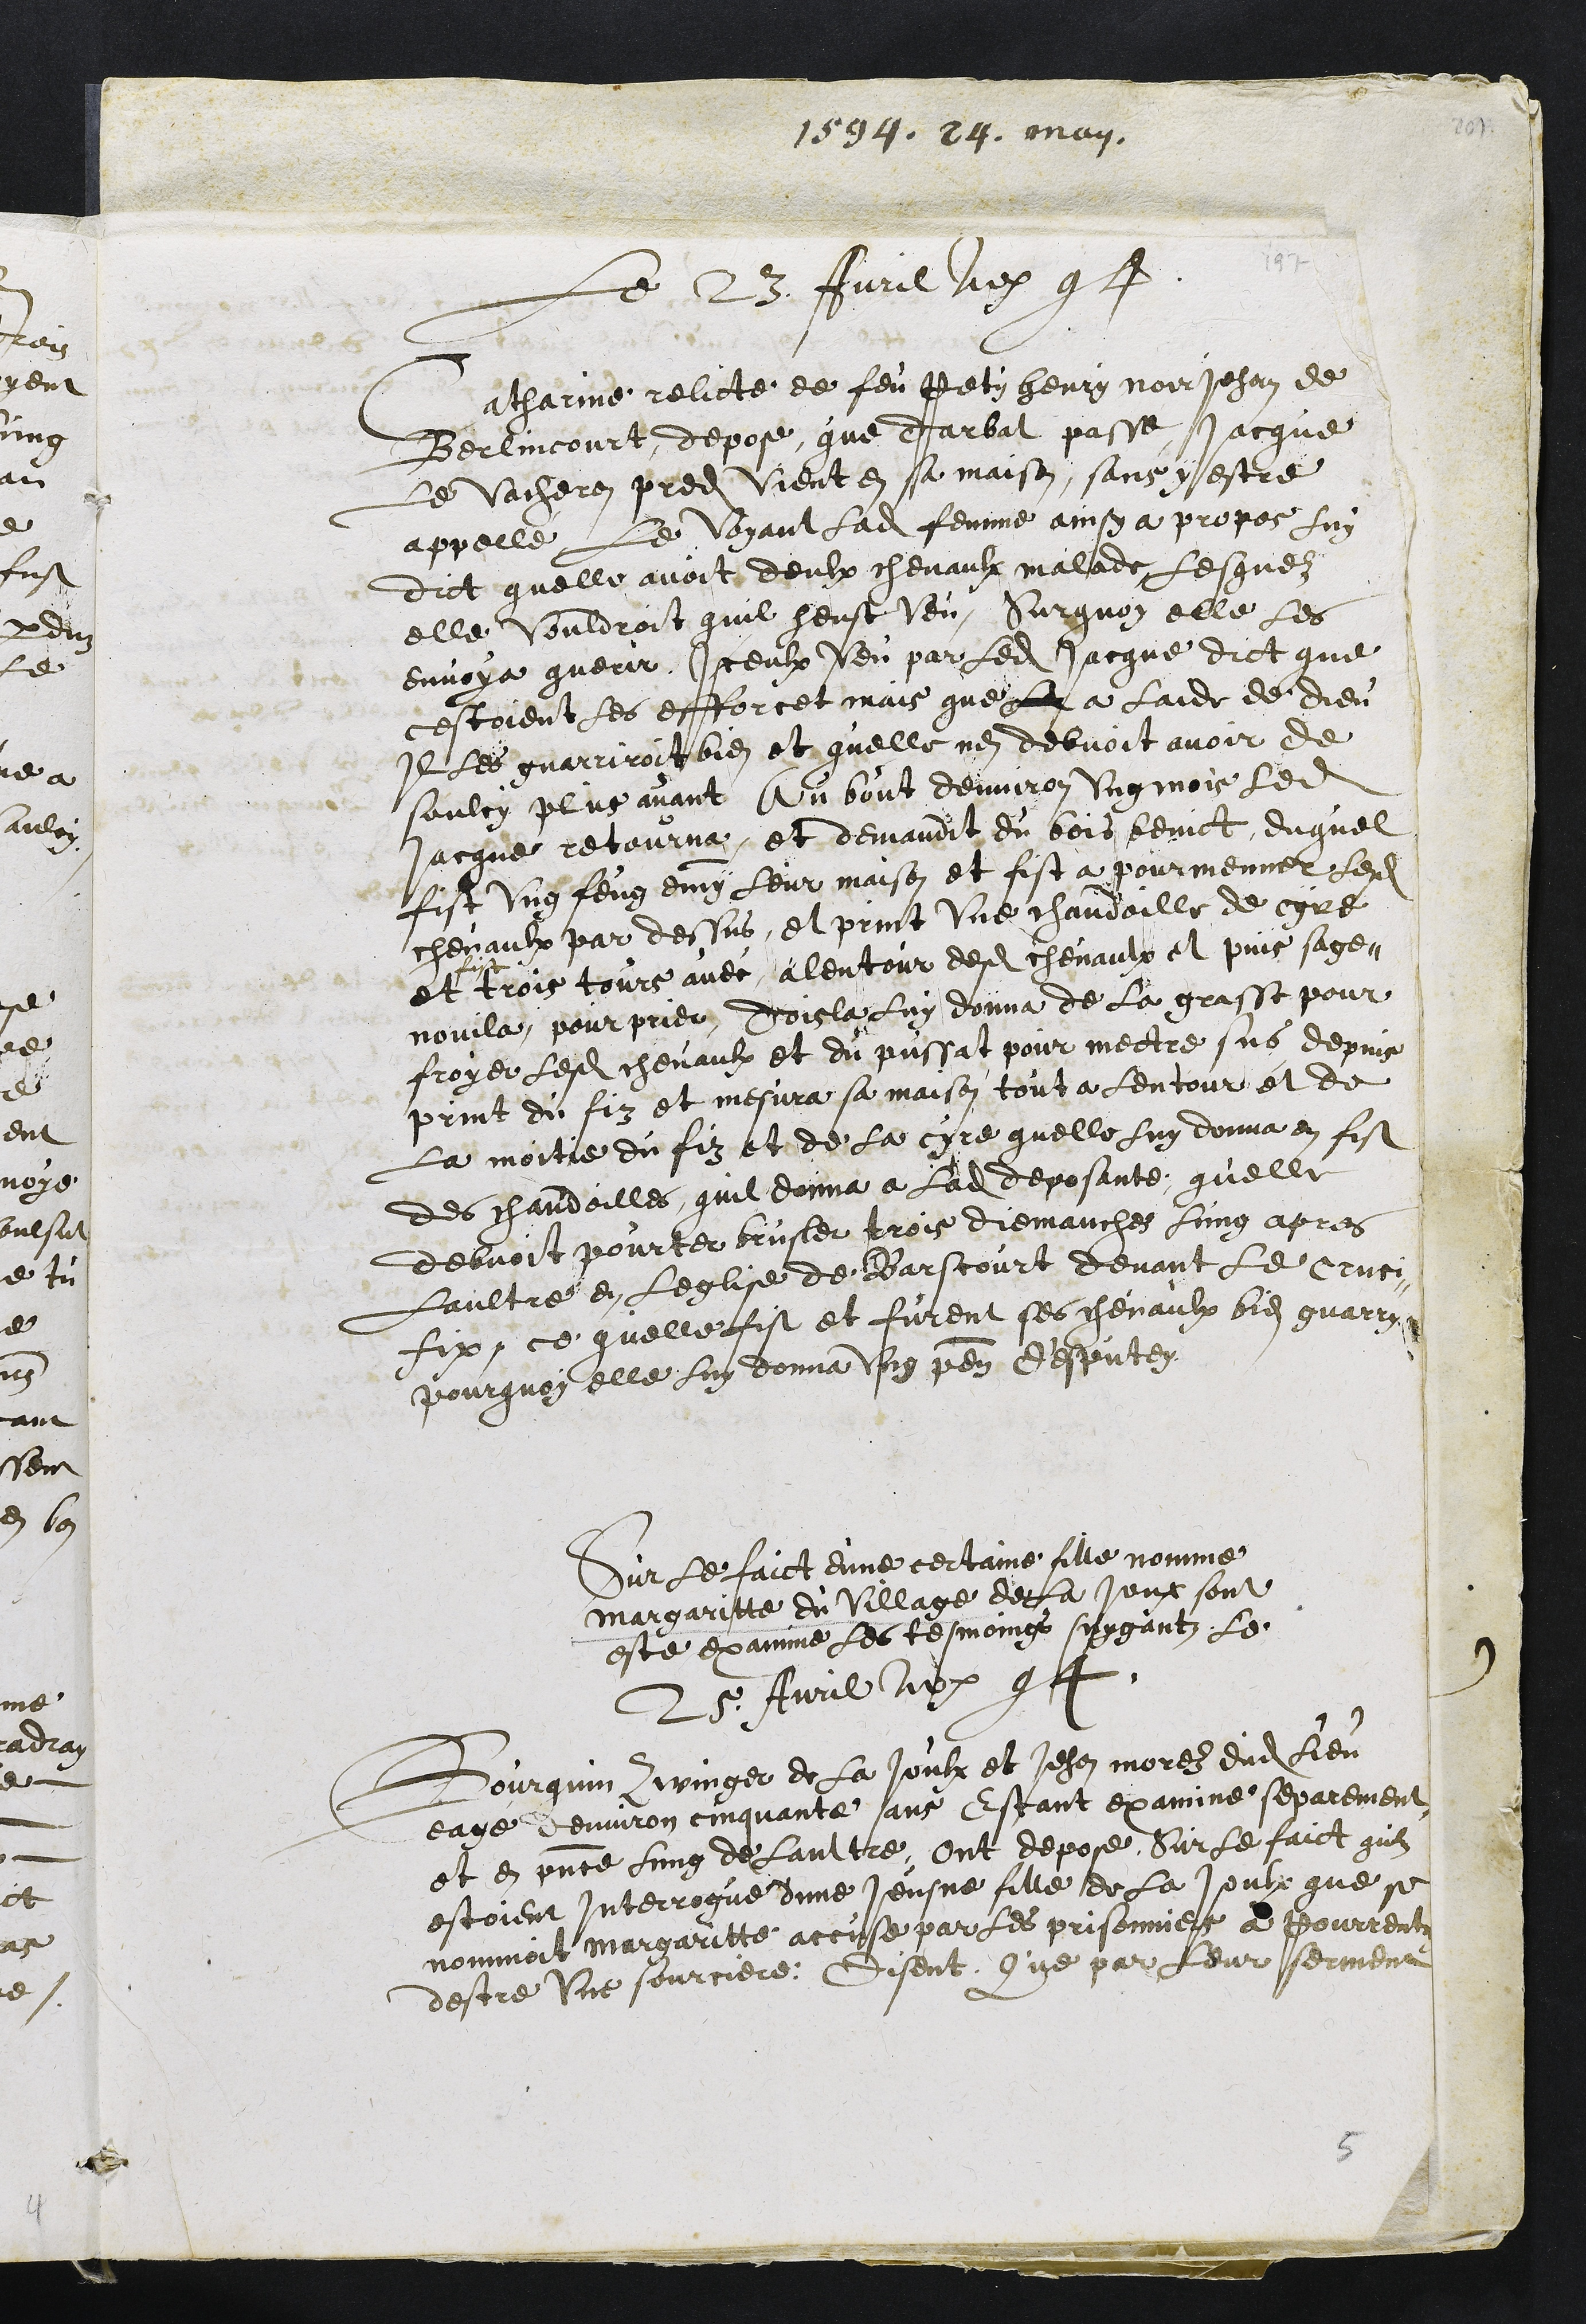
1594. 29, may
Le 23 Avril ao 94
Catherine relicte de feu Pety Henry noir Jehan de
Berlincourt, depose que darbal passe, Jacque
le Vacheron predit vient en sa maison, sans y estre
appelle, le voyant ladite femme ainsy a propos luy
dict quelle avoit deulx chevaulx malade Lesquelz
elle vouldroit quil heust veu, Surquoy elle les
envoya querir, Iceulx veu par ledit Jacque dict que
cestoient les efforcet mais que la a laide de Dieu
Il les guarriroit bien et quelle nen debvoit avoir de
Saulcy plus avant Au bout denviron ung mois ledit
Jacque retourna et demandit du bois benict, duquel
fist ung feug emmy leur maison et fist a pourmenner lesdits
chevaulx par dessus, et print une chandoille de cyre
et
fist
trois tours avec alentour desdits chevaulx et puis sage¬
nouila pour prier, dois la luy donna de la grasse pour
froyer lesdits chevaulx et du pussat pour mectre sus depuis
print du fiz et mesura sa maison tout a lentour et de
la moitie du fiz et de la cyre quelle luy donna en fist
des chandoilles, quil donna a ladite deposante quelle
debvoit pourter brusler trois diemanches lung apres
Laultre en leglise de Barscourt devant le cruci¬
fix, ce quelle fist et furent ses chevaulx bien guarry.
pourquoy elle luy donna ung pen d'esputey
Sur le faict dune certaine fille nomme
Margaritte du Village de La Joux sont
este examine les tesmoings suygantz le
25 Avril ao 94.
Bourquin Zwinger de La Joux et Jehan morelz dudit lieu
eage denviron cinquante ans Estant examine separement,
et en presence lung de laultre, ont depose Sur le faict quilz
estoient Interrogue dune Jeusne fille de La Joux que se
nommoit Margaritte accuse par les prisonniers a Pourrentruy
destre une sourciere, disent Que par leur serment

5